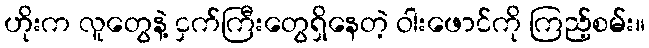
ဟိုးက လူတွေနဲ့ ငှက်ကြီးတွေရှိနေတဲ့ ဝါးဖောင်ကို ကြည့်စမ်း။